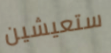
ستعيشين